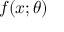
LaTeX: f ( x ; \theta )